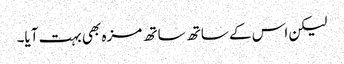
لیکن اس کے ساتھ ساتھ مزہ بھی بہت آیا۔